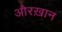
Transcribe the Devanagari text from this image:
औरख़ान